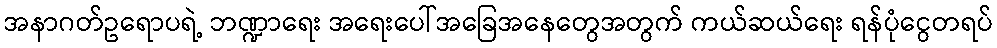
အနာဂတ်ဥရောပရဲ့ ဘဏ္ဍာရေး အရေးပေါ်အခြေအနေတွေအတွက် ကယ်ဆယ်ရေး ရန်ပုံငွေတရပ်